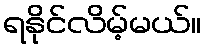
ရနိုင်လိမ့်မယ်။